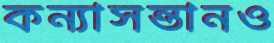
কন্যাসন্তানও